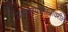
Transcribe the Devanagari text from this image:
ग्रंथालयशास्त्रावरील